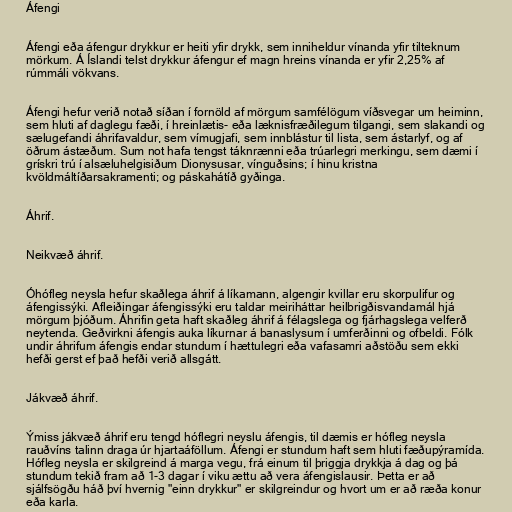
Áfengi

Áfengi eða áfengur drykkur er heiti yfir drykk, sem inniheldur vínanda yfir tilteknum
mörkum. Á Íslandi telst drykkur áfengur ef magn hreins vínanda er yfir 2,25% af
rúmmáli vökvans.

Áfengi hefur verið notað síðan í fornöld af mörgum samfélögum víðsvegar um heiminn,
sem hluti af daglegu fæði, í hreinlætis- eða læknisfræðilegum tilgangi, sem slakandi og
sælugefandi áhrifavaldur, sem vímugjafi, sem innblástur til lista, sem ástarlyf, og af
öðrum ástæðum. Sum not hafa tengst táknrænni eða trúarlegri merkingu, sem dæmi í
grískri trú í alsæluhelgisiðum Dionysusar, vínguðsins; í hinu kristna
kvöldmáltíðarsakramenti; og páskahátíð gyðinga.

Áhrif.

Neikvæð áhrif.

Óhófleg neysla hefur skaðlega áhrif á líkamann, algengir kvillar eru skorpulifur og
áfengissýki. Afleiðingar áfengissýki eru taldar meiriháttar heilbrigðisvandamál hjá
mörgum þjóðum. Áhrifin geta haft skaðleg áhrif á félagslega og fjárhagslega velferð
neytenda. Geðvirkni áfengis auka líkurnar á banaslysum í umferðinni og ofbeldi. Fólk
undir áhrifum áfengis endar stundum í hættulegri eða vafasamri aðstöðu sem ekki
hefði gerst ef það hefði verið allsgátt.

Jákvæð áhrif.

Ýmiss jákvæð áhrif eru tengd hóflegri neyslu áfengis, til dæmis er hófleg neysla
rauðvíns talinn draga úr hjartaáföllum. Áfengi er stundum haft sem hluti fæðupýramída.
Hófleg neysla er skilgreind á marga vegu, frá einum til þriggja drykkja á dag og þá
stundum tekið fram að 1-3 dagar í viku ættu að vera áfengislausir. Þetta er að
sjálfsögðu háð því hvernig "einn drykkur" er skilgreindur og hvort um er að ræða konur
eða karla.